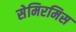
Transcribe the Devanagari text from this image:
सेमिरमिस